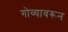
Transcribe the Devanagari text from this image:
गोव्यावरून